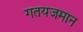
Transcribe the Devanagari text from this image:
गतयजमान